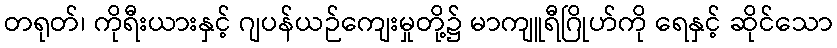
တရုတ်၊ ကိုရီးယားနှင့် ဂျပန်ယဉ်ကျေးမှုတို့၌ မာကျူရီဂြိုဟ်ကို ရေနှင့် ဆိုင်သော